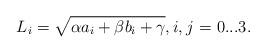
LaTeX: \begin{align*} {L}_i=\sqrt{\alpha a_i+\beta b_i+\gamma},i,j \mbox{ = 0...3.}\end{align*}